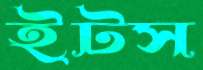
ইটস